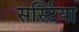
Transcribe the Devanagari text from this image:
सर्स्टिया